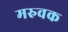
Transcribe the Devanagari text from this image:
मरुवक